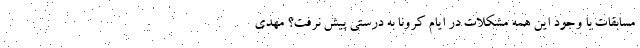
مسابقات با وجود این همه مشکلات در ایام کرونا به درستی پیش نرفت؟ مهدی